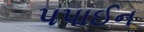
પપાઈન